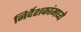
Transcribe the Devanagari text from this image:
निर्देशकांमध्ये